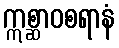
ဣစ္ဆာဝစရာနံ